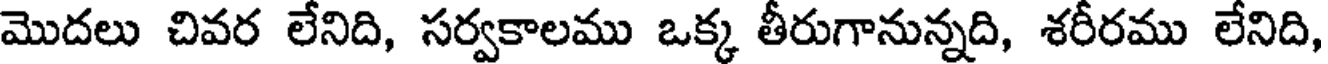
మొదలు చివర లేనిది, సర్వకాలము ఒక్క తీరుగానున్నది, శరీరము లేనిది,